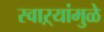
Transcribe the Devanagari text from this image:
स्वाऱ्यांमुळे